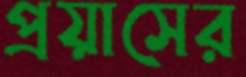
প্রয়াসের